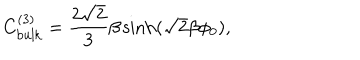
C _ { \mathrm { b u l k } } ^ { ( 3 ) } = \frac { 2 \sqrt { 2 } } { 3 } \beta \sinh ( \sqrt { 2 } \beta \phi _ { 0 } ) ,